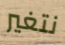
نتغير